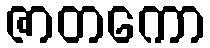
ဇာတကော